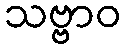
သဗ္ဗာဝ